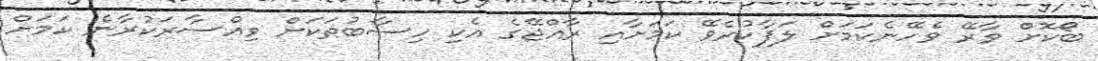
ބޯކޮށް ވާރޭ ވެހޭނެކަމަށް ލަފާކުރެވޭ ކަމަށާއި ރާއްޖޭގެ އެކި ހިސާބުތަކަށް ވިއްސާރަކުރާނެ ކަމަށް